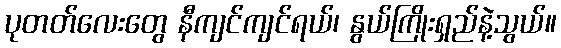
ပုတတ်လေးတွေ နီကျင်ကျင်ရယ်၊ နွယ်ကြိုးရှည်နဲ့သွယ်။